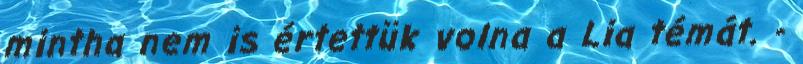
mintha nem is értettük volna a Lia témát. -